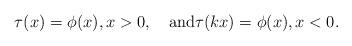
LaTeX: \begin{align*}\tau(x)=\phi(x),x>0,\quad\mbox{and}\tau(kx)=\phi(x),x<0.\end{align*}